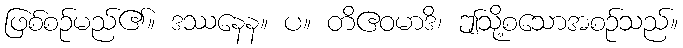
ဖြစ်စဉ်မည်၏။ ဒဿနေန။ ပ။ တိဧဝမာဒိ၊ ဤသို့စသောအစဉ်သည်။